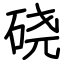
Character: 硗